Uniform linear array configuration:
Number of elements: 4
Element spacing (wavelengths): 1
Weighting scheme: cosine
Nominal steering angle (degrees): -60
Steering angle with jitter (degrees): -58.725
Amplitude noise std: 0.05
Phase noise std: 0.05

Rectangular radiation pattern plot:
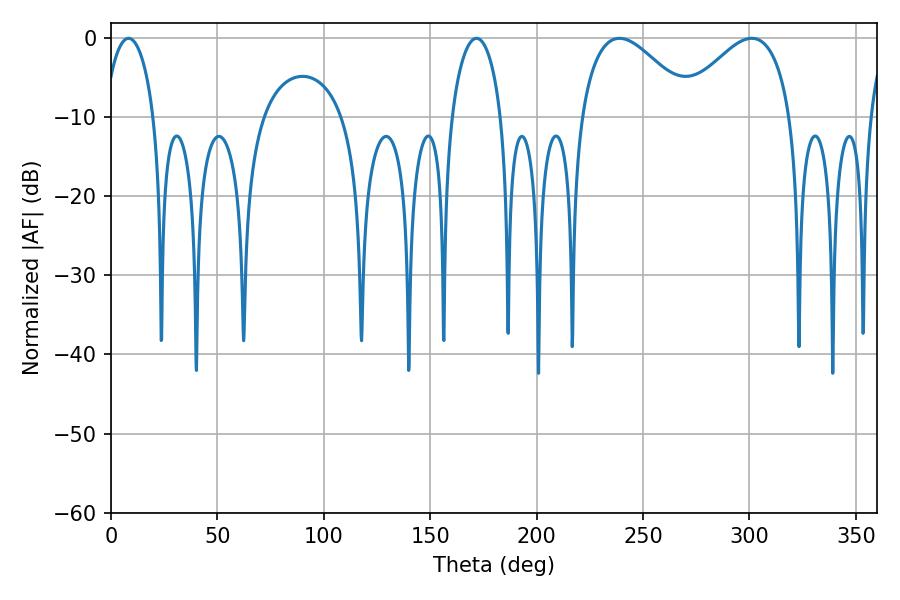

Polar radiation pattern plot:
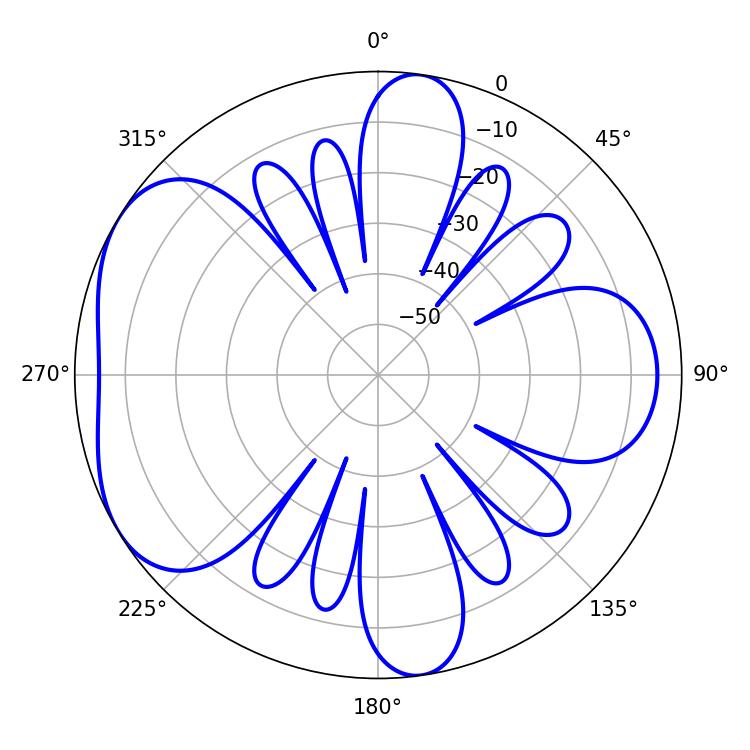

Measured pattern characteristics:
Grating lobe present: TRUE
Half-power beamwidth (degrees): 13.32
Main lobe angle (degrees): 8.28